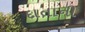
દાતાની